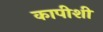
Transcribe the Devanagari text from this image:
कापीशी